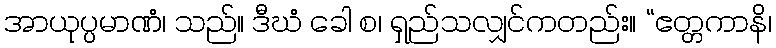
အာယုပ္ပမာဏံ၊ သည်။ ဒီဃံ ခေါ စ၊ ရှည်သလျှင်ကတည်း။ “ဧတ္တကာနိ၊